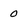
Character: 0